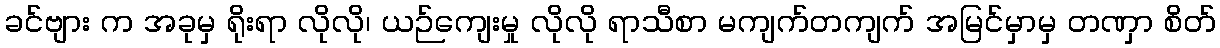
ခင်ဗျား က အခုမှ ရိုးရာ လိုလို၊ ယဉ်ကျေးမှု လိုလို ရာသီစာ မကျက်တကျက် အမြင်မှာမှ တဏှာ စိတ်